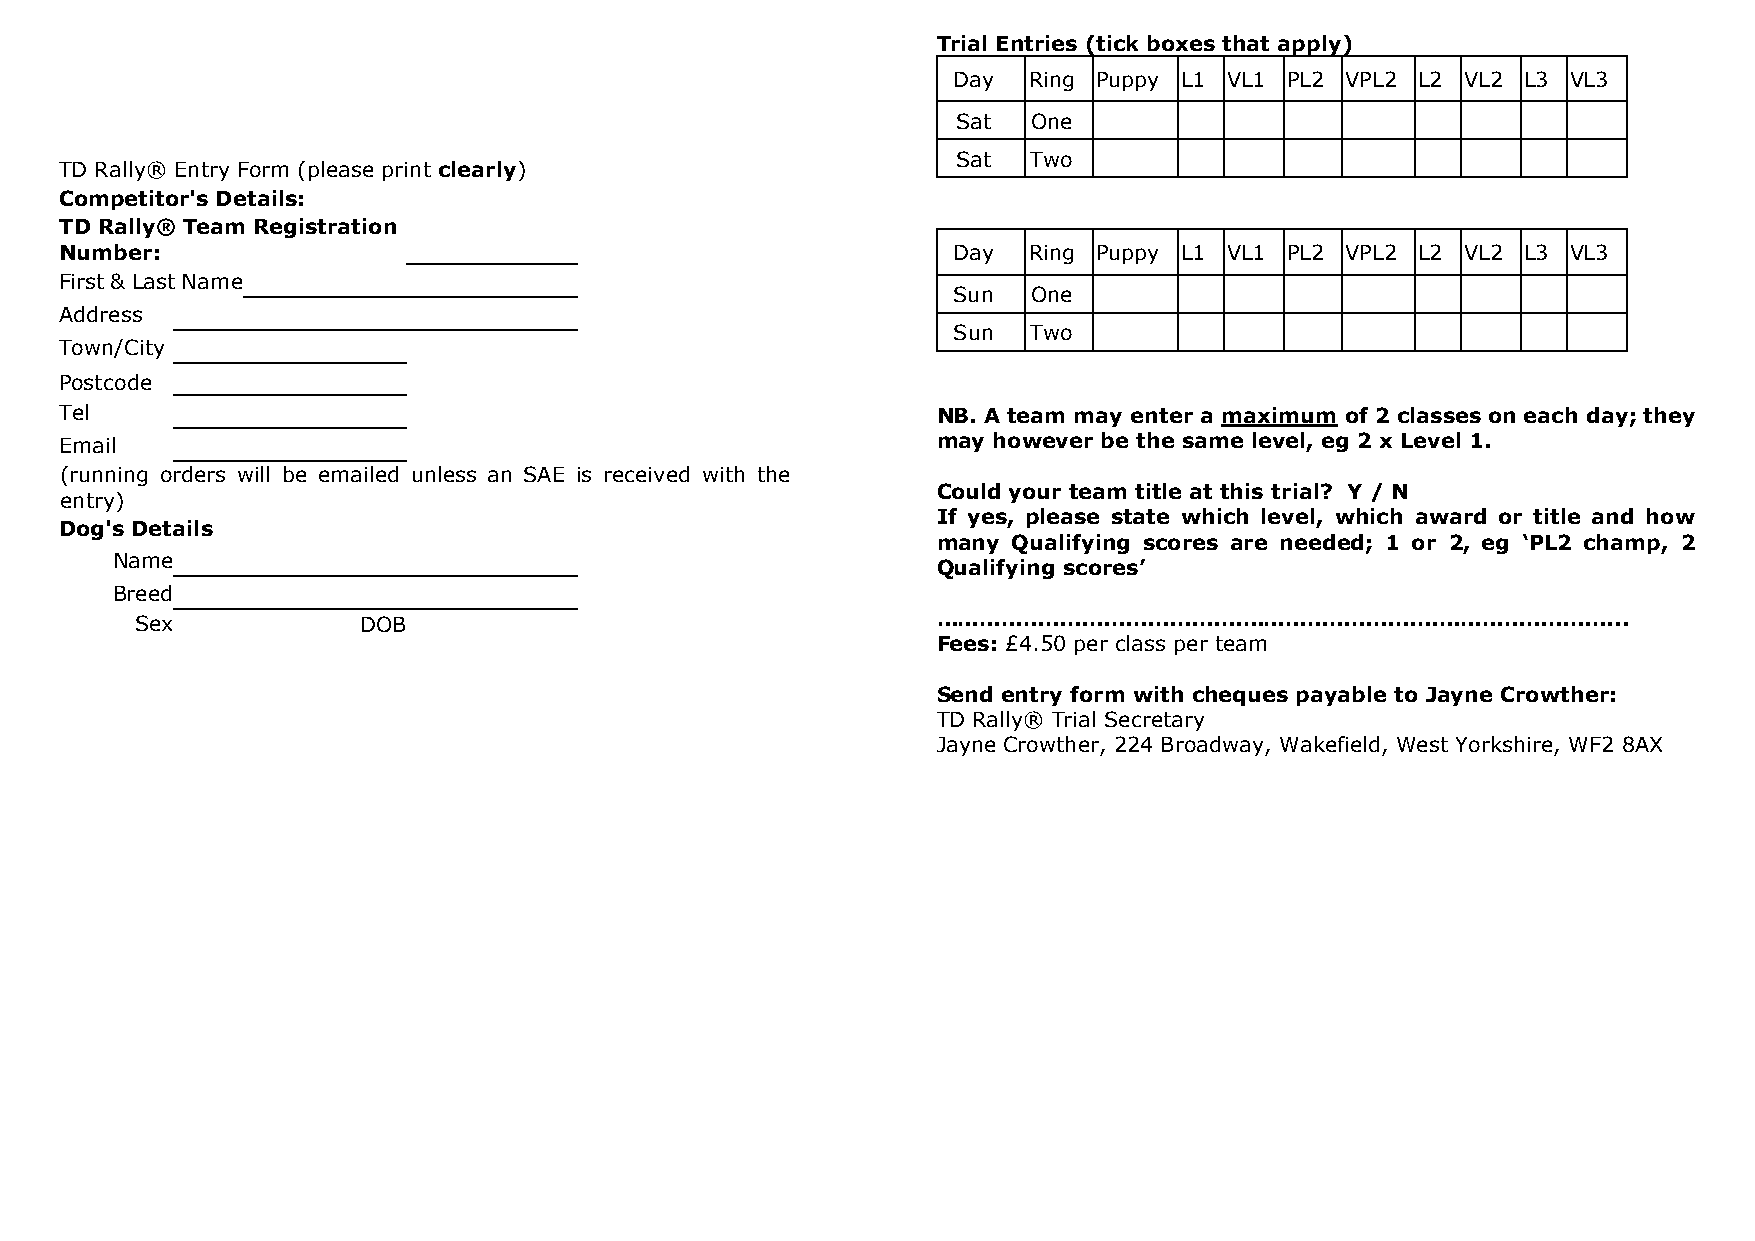
Trial Entries (tick boxes that apply)
 Day  Ring Puppy L1 VL1 PL2 VPL2 L2 VL2 L3 VL3
 Sat  One
 Sat  Two
 TD Rally® Entry Form (please print clearly)
 Competitor's Details:
 TD Rally® Team Registration
 Number:                                                    Day  Ring Puppy L1 VL1 PL2 VPL2 L2 VL2 L3 VL3
 First & Last Name
 Sun  One
 Address
 Sun  Two
 Town/City
 Postcode
 Tel                                                       NB. A team may enter a maximum of 2 classes on each day; they
 Email                                                     may however be the same level, eg 2 x Level 1.
 (running orders will be emailed unless an SAE is received with the
 Could your team title at this trial? Y / N
 entry)
 If yes, please state which level, which award or title and how
 Dog's Details
 many Qualifying scores are needed; 1 or 2, eg ‘PL2 champ, 2
 Name
 Qualifying scores’
 Breed
 Sex            DOB                                   …………………………………………………………………………………..
 Fees: £4.50 per class per team
 Send entry form with cheques payable to Jayne Crowther:
 TD Rally® Trial Secretary
 Jayne Crowther, 224 Broadway, Wakefield, West Yorkshire, WF2 8AX